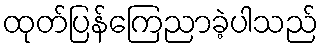
ထုတ်ပြန်ကြေညာခဲ့ပါသည်